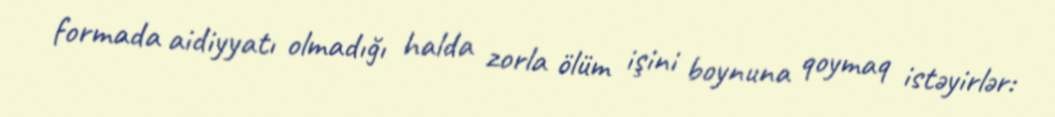
formada aidiyyatı olmadığı halda zorla ölüm işini boynuna qoymaq istəyirlər: